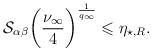
LaTeX: \begin{align*} \mathcal{S}_{\alpha\beta} \bigg( \frac{\nu_{\infty}}{4} \bigg) ^{\frac{1}{q_{\infty}}} \leqslant \eta_{\star, R} . \end{align*}